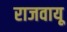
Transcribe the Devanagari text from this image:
राजवायू